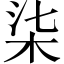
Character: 柒